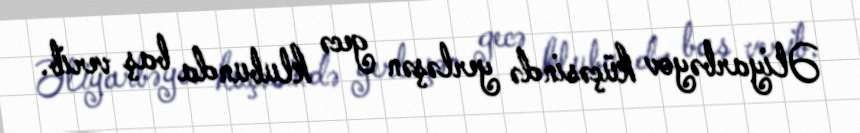
Əliyarbəyov küçəsində yerləşən gecə klubunda baş verib.